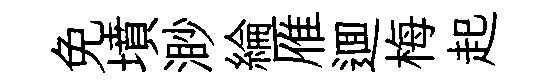
免墳渺綸雁逥梅起